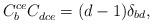
LaTeX: \begin{align*}C_b^{ce}C_{dce}^{\ }=(d-1)\delta _{bd}, \end{align*}